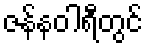
ဇန်နဝါရီတွင်